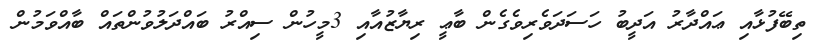
ތިބޭފުޅާއި ޢައްދާރު އަދީބު ހަސަދަވެރިވެގެން ބާޢީ ރިޔާޒުއާއި 3މީހުން ސިއްރު ބައްދަލުވުންތައް ބާއްވަމުން